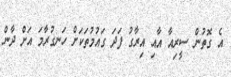
އެ ގޮތުން ސީރިއާ އާއި އިރާގު ފަދަ ގައުމުތަކަށް ހަނގުރާމަ އަށް ދާން